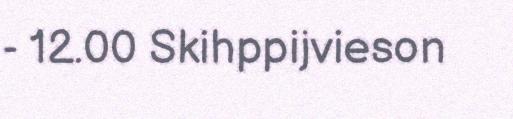
- 12.00 Skihppijvieson